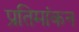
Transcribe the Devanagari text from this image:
प्रतिमांकन